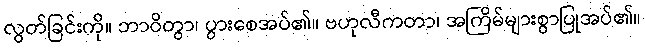
လွတ်ခြင်းကို။ ဘာဝိတွာ၊ ပွားစေအပ်၏။ ဗဟုလီကတာ၊ အကြိမ်များစွာပြုအပ်၏။